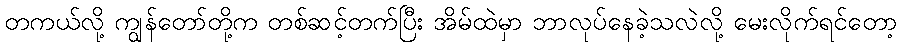
တကယ်လို့ ကျွန်တော်တို့က တစ်ဆင့်တက်ပြီး အိမ်ထဲမှာ ဘာလုပ်နေခဲ့သလဲလို့ မေးလိုက်ရင်တော့